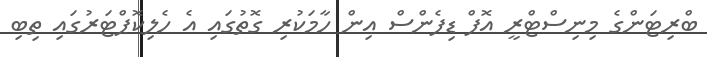
ބްރިޓަންގެ މިނިސްޓްރީ އޮފް ޑިފެންސް އިން ހާމަކުރި ގޮތުގައި އެ ހެލިކޮޕްޓަރުގައި ތިބި